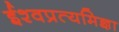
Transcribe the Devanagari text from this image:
ईश्वप्रत्यमिज्ञा